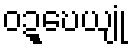
ဝဍ္ဎေယျုံ